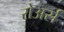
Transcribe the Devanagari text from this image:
रोअर्स